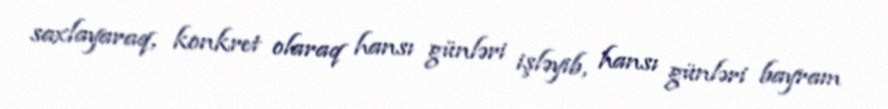
saxlayaraq, konkret olaraq hansı günləri işləyib, hansı günləri bayram